Code of medical and sanitary regulations for the guidance of medical officers serving in the Madras Presidency - Volume I
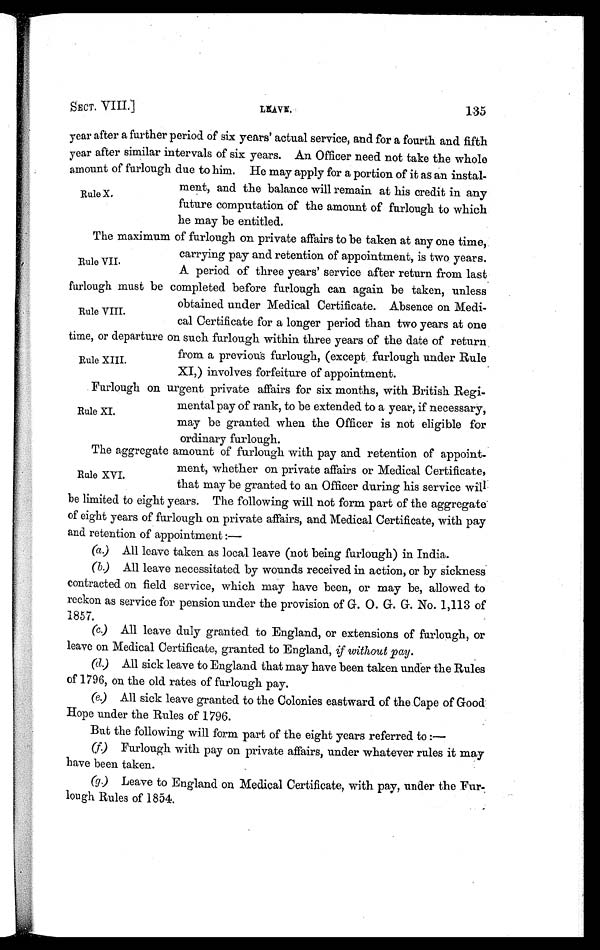
SECT.
LIAVE.
135
year after a further period of six years' actual service, and for a fourth and fifth
year after similar intervals of six years. An Officer need not take the whole
amount of furlough due to him. He may apply for a portion of it as an instal-
ment, and the balance will remain at his credit in any
future computation of the amount of furlough to which
he may be entitled.
The maximum of furlough on private affairs to be taken at any one time,
carrying pay and retention of appointment, is two years.
A period of three years' service after return from last
furlough must be completed before furlough can again be taken, unless
obtained under Medical Certificate. Absence on Medi-
cal Certificate for a longer period than two years at one
time, or departure on such furlough within three years of the date of return
from a previous furlough, (except furlough under Rule
XI,) involves forfeiture of appointment.
Rule X.
Rule VII.
Rule VIII.
Rule XIII.
Rule XVI.
Furlough on urgent private affairs for six months, with British Regi-
mental pay of rank, to be extended to a year, if necessary,
may be granted when the Officer is not eligible for
ordinary furlough.
Rule XI.
The aggregate amount of furlough with pay and retention of appoint-
ment, whether on private affairs or Medical Certificate,
that may be granted to an Officer during his service will
be limited to eight years. The following will not form part of the aggregate
of eight years of furlough on private affairs, and Medical Certificate, with pay
and retention of appointment :—
(a) All leave taken as local leave (not being furlough) in India.
(b.) All leave necessitated by wounds received in action, or by sickness
contracted on field service, which may have been, or may be, allowed to
reckon as service for pension under the provision of G. O. G. G. No. 1,113 of
1857.
(c) All leave duly granted to England, or extensions of furlough, or
leave on Medical Certificate, granted to England, if without pay.
(d.) All sick leave to England that may have been taken under the Rules
of 1796, on the old rates of furlough pay.
(e.) All sick leave granted to the Colonies eastward of the Cape of Good
Hope under the Rules of 1796.
But the following will form part of the eight years referred to :
—
(f.) Furlough with pay on private affairs, under whatever rules it may
have been taken.
(g) Leave to England on Medical Certificate, with pay, under the Fur
lough Rules of 1854.